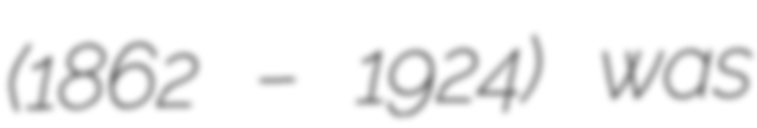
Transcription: (1862 – 1924) was